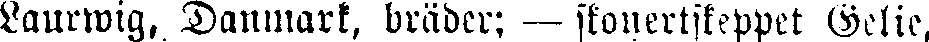
Laurwig, Danmark, bräder; — skonertskeppet Gelie,